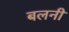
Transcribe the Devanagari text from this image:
बलनी